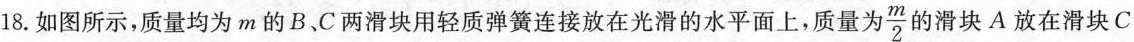
18.如图所示，质量均为m的B、C两滑块用轻质弹簧连接放在光滑的水平面上，质量为\frac{m}{2}的滑块A放在滑块C